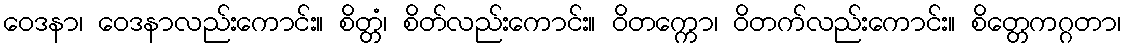
ဝေဒနာ၊ ဝေဒနာလည်းကောင်း။ စိတ္တံ၊ စိတ်လည်းကောင်း။ ဝိတက္ကော၊ ဝိတက်လည်းကောင်း။ စိတ္တေကဂ္ဂတာ၊